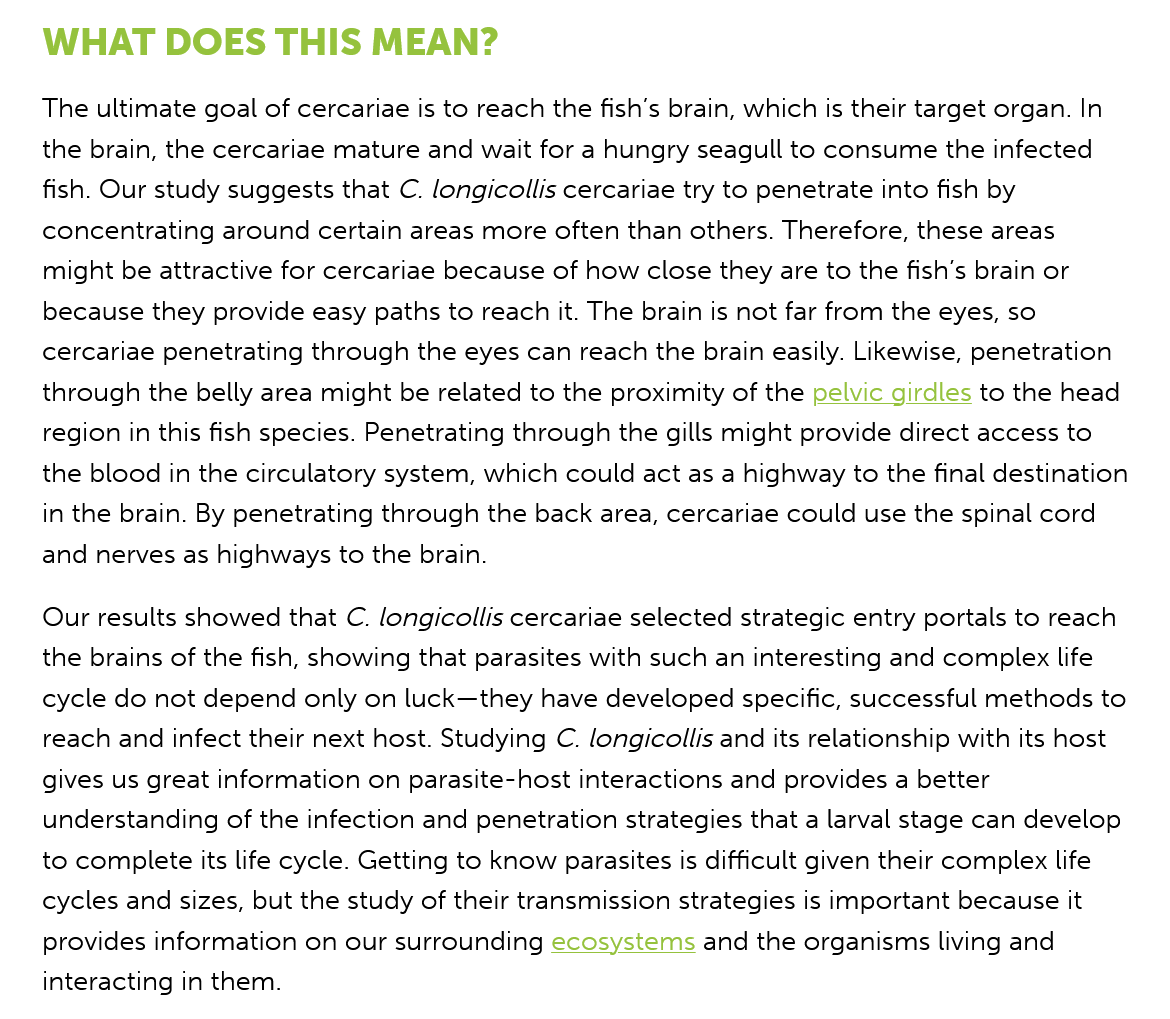
WHAT  DOES    THIS    MEAN?
    The ultimate goal of cercariae is to reach the fish's brain, which is their target organ. In
    the brain, the cercariae mature and wait for a hungry seagull to consume the infected
    fish. Our study suggests that C. longicollis cercariae try to penetrate into fish by
    concentrating around certain areas more often than others. Therefore, these areas
    might be attractive for cercariae because of how close they are to the fish's brain or
    because they provide easy paths to reach it. The brain is not far from the eyes, so
    cercariae penetrating through the eyes can reach the brain easily. Likewise, penetration
    through the belly area might be related to the proximity of the pelvic girdles to the head
    region in this fish species. Penetrating through the gills might provide direct access to

    the blood in the circulatory system, which could act as a highway to the final destination
    in the brain. By penetrating through the back area, cercariae could use the spinal cord
    and nerves as highways to the brain.
    Our results showed that C. longicollis cercariae selected strategic entry portals to reach
    the brains of the fish, showing that parasites with such an interesting and complex life
    cycle do not depend only on luck—they have developed specific, successful methods to
    reach and infect their next host. Studying C. longicollis and its relationship with its host
    gives us great information on parasite-host interactions and provides a better
    understanding of the infection and penetration strategies that a larval stage can develop
    to complete its life cycle. Getting to know parasites is difficult given their complex life
    cycles and sizes, but the study of their transmission strategies is important because it
    provides information on our surrounding ecosystems and the organisms living and
    interacting in them.